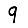
Digit: 9